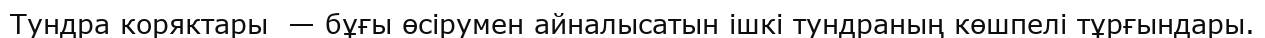
Тундра коряктары  — бұғы өсірумен айналысатын ішкі тундраның көшпелі тұрғындары.